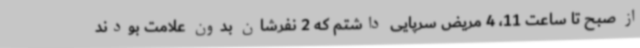
از صبح تا ساعت 11، 4 مریض سرپایی داشتم که 2 نفرشان بدون علامت بودند